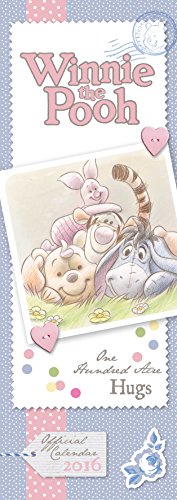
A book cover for The Official Winnie the Pooh (Sketch) 2016 Slim Calendar; Calendars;